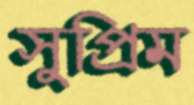
সুপ্রিম